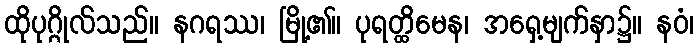
ထိုပုဂ္ဂိုလ်သည်။ နဂရဿ၊ မြို့၏။ ပုရတ္ထိမေန၊ အရှေ့မျက်နှာ၌။ နဝံ၊